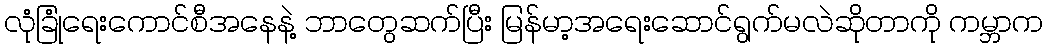
လုံခြုံရေးကောင်စီအနေနဲ့ ဘာတွေဆက်ပြီး မြန်မာ့အရေးဆောင်ရွက်မလဲဆိုတာကို ကမ္ဘာက